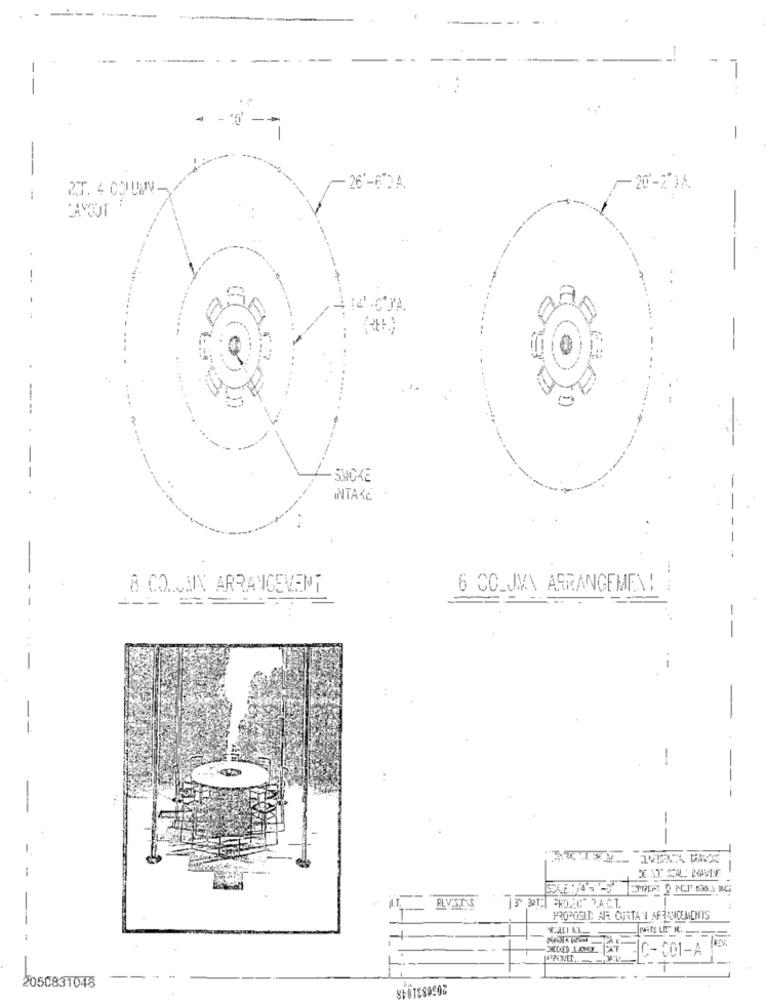
-
-
-
--
2.T. 4 COUWV-
26'-61A.
--
--
INTAKE
8 CO. JAIN ARRANGEVENT
6 CC_JM\ ARRANGEMEN!
-
-
-
-
-
-
PROPOSED AIR CURTANN AFRANCEMENIS
C-001-A
2050831048